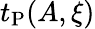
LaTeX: t_{\mathrm{P}}(A,\xi)